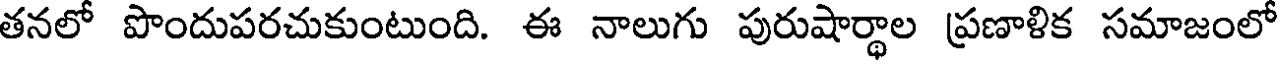
తనలో పొందుపరచుకుంటుంది. ఈ నాలుగు పురుషార్థాల ప్రణాళిక సమాజంలో